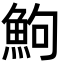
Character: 鮈